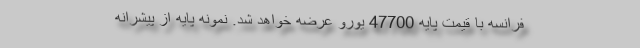
فرانسه با قیمت پایه 47700 یورو عرضه خواهد شد. نمونه پایه از پیشرانه